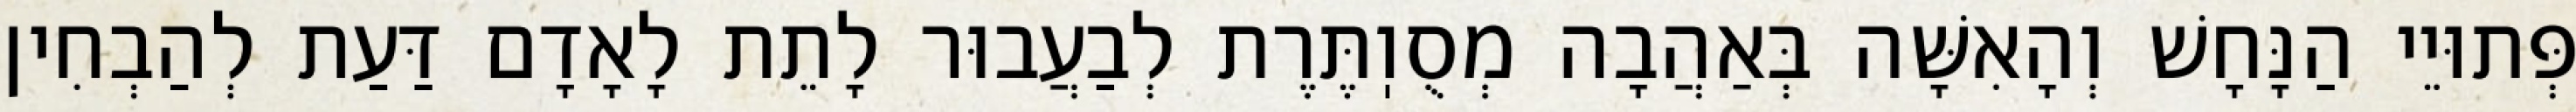
פְּתוּיֵי הַנָּחָשׁ וְהָאִשָּׁה בְּאַהֲבָה מְסֻוֽתֶּרֶת לְבַעֲבוּר לָתֵת לָאָדָם דַּעַת לְהַבְחִין